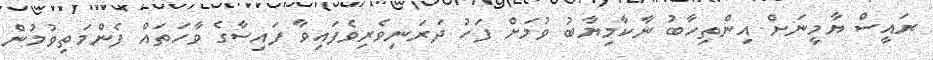
ރައީސް ޔާމީނަށް އިންތިހާބު ނާކާމިޔާބު ވުމަށް ފަހު ދަރަނިވެރިވެފައިވާ ފައިސާގެ ވާހަތައް ފެންމަތިވުމުން